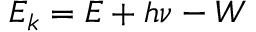
E _ { k } = E + h \nu - W